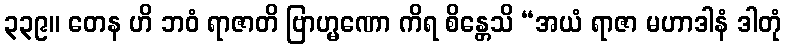
၃၃၉။ တေန ဟိ ဘဝံ ရာဇာတိ ဗြာဟ္မဏော ကိရ စိန္တေသိ “အယံ ရာဇာ မဟာဒါနံ ဒါတုံ